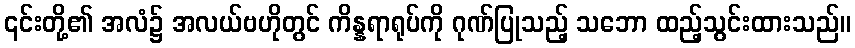
၎င်းတို့၏ အလံ၌ အလယ်ဗဟိုတွင် ကိန္နရာရုပ်ကို ဂုဏ်ပြုသည့် သဘော ထည့်သွင်းထားသည်။